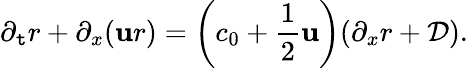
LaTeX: \partial_{\mathtt{t}}r+\partial_{x}(\mathbf{u}r)=\left(c_{0}+\frac{{1}}{{2}}\mathbf{u}\right)(\partial_{x}r+\mathcal{{D}}).